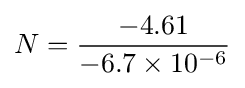
N={\frac {-4.61}{-6.7\times 10^{-6}}}